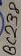
Text: BC238